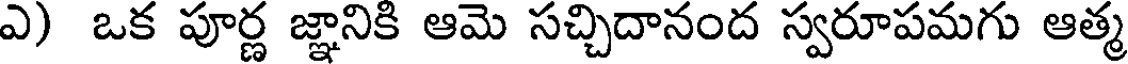
ఎ) ఒక పూర్ణ జ్ఞానికి ఆమె సచ్చిదానంద స్వరూపమగు ఆత్మ